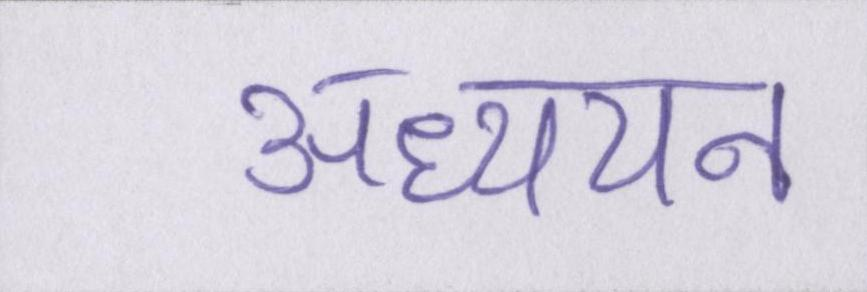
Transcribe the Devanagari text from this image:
अध्ययन